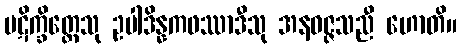
ပဋိက္ခိတ္တေသု ဥပါဒိန္နကဖဿာဒီသု အနဝဇ္ဇသညီ ဟောတိ။